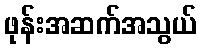
ဖုန်းအဆက်အသွယ်